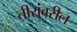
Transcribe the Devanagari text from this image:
तीरांवरील